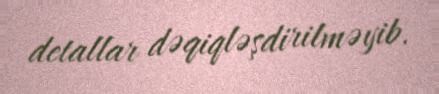
detallar dəqiqləşdirilməyib.